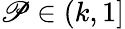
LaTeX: \mathscr{P}\in(k,1]